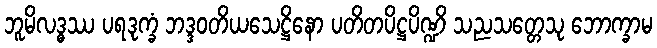
ဘူမိလဒ္ဓဿ ပရဒုက္ခံ ဘဒ္ဒဝတိယသေဋ္ဌိနော ပတိတပိဋ္ဌပိဏ္ဍိ သညသတ္တေသု ဘောက္ခာမ